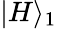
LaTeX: |H\rangle_{1}